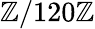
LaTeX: \mathbb{Z}/120\mathbb{Z}